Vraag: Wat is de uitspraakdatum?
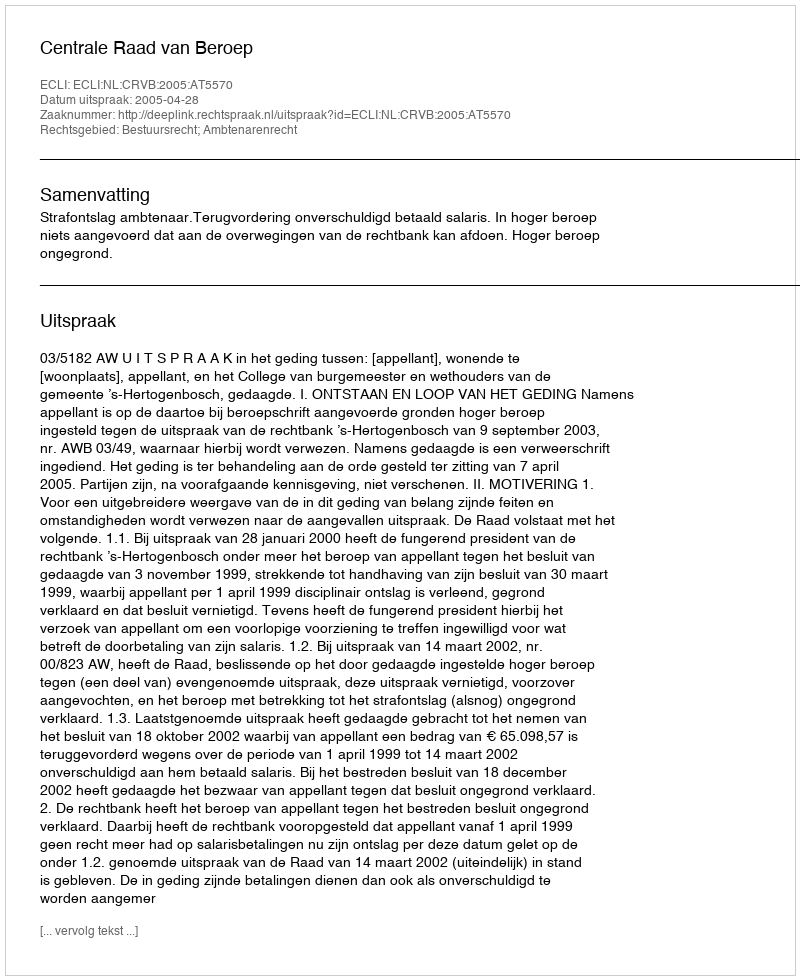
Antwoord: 2005-04-28